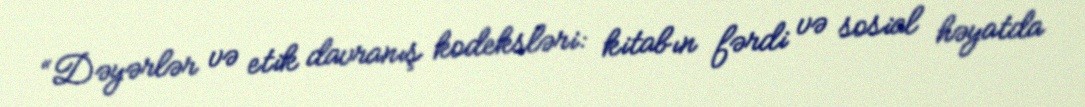
“Dəyərlər və etik davranış kodeksləri: kitabın fərdi və sosial həyatda